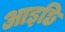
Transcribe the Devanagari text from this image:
आइछि